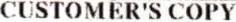
CUSTOMER'S COPY